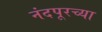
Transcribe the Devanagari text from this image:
नंदपूरच्या